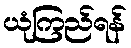
ယုံကြည်ရန်